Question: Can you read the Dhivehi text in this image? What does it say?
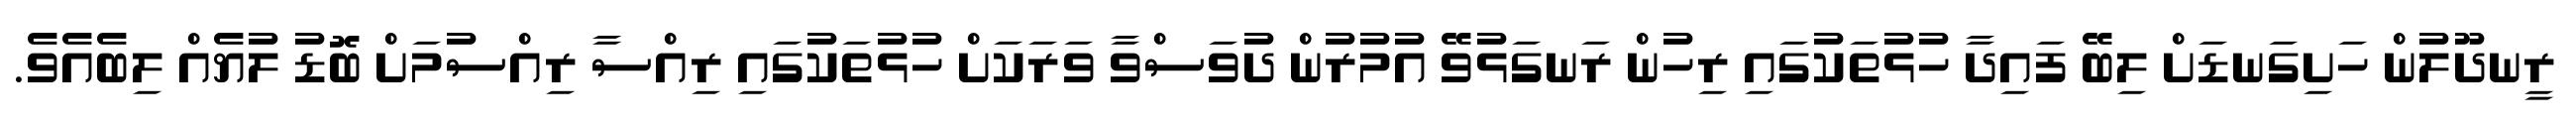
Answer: ރީނދޫލުން ހަށިގަނޑަށް ލިބޭ ފައިދާ ހުޅުތަކުގައި ރިހުން ރަނގަޅުވޭ އުމުރުން ދުވަސްވާ ވަރަކަށް ހުޅުތަކުގައި ރިއްސާ ރިއްސުމަށް ބޮޑު ލުޔެއް ލިބެއެވެ.